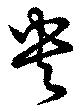
央